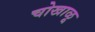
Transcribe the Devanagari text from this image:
चोखाळू